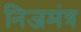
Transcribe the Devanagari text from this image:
निजमंत्र